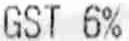
GST 6%